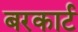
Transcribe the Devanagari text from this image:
बरकार्ट